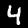
Digit: 4